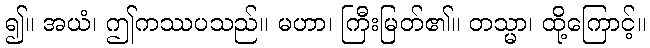
၍။ အယံ၊ ဤကဿပသည်။ မဟာ၊ ကြီးမြတ်၏။ တသ္မာ၊ ထို့ကြောင့်။